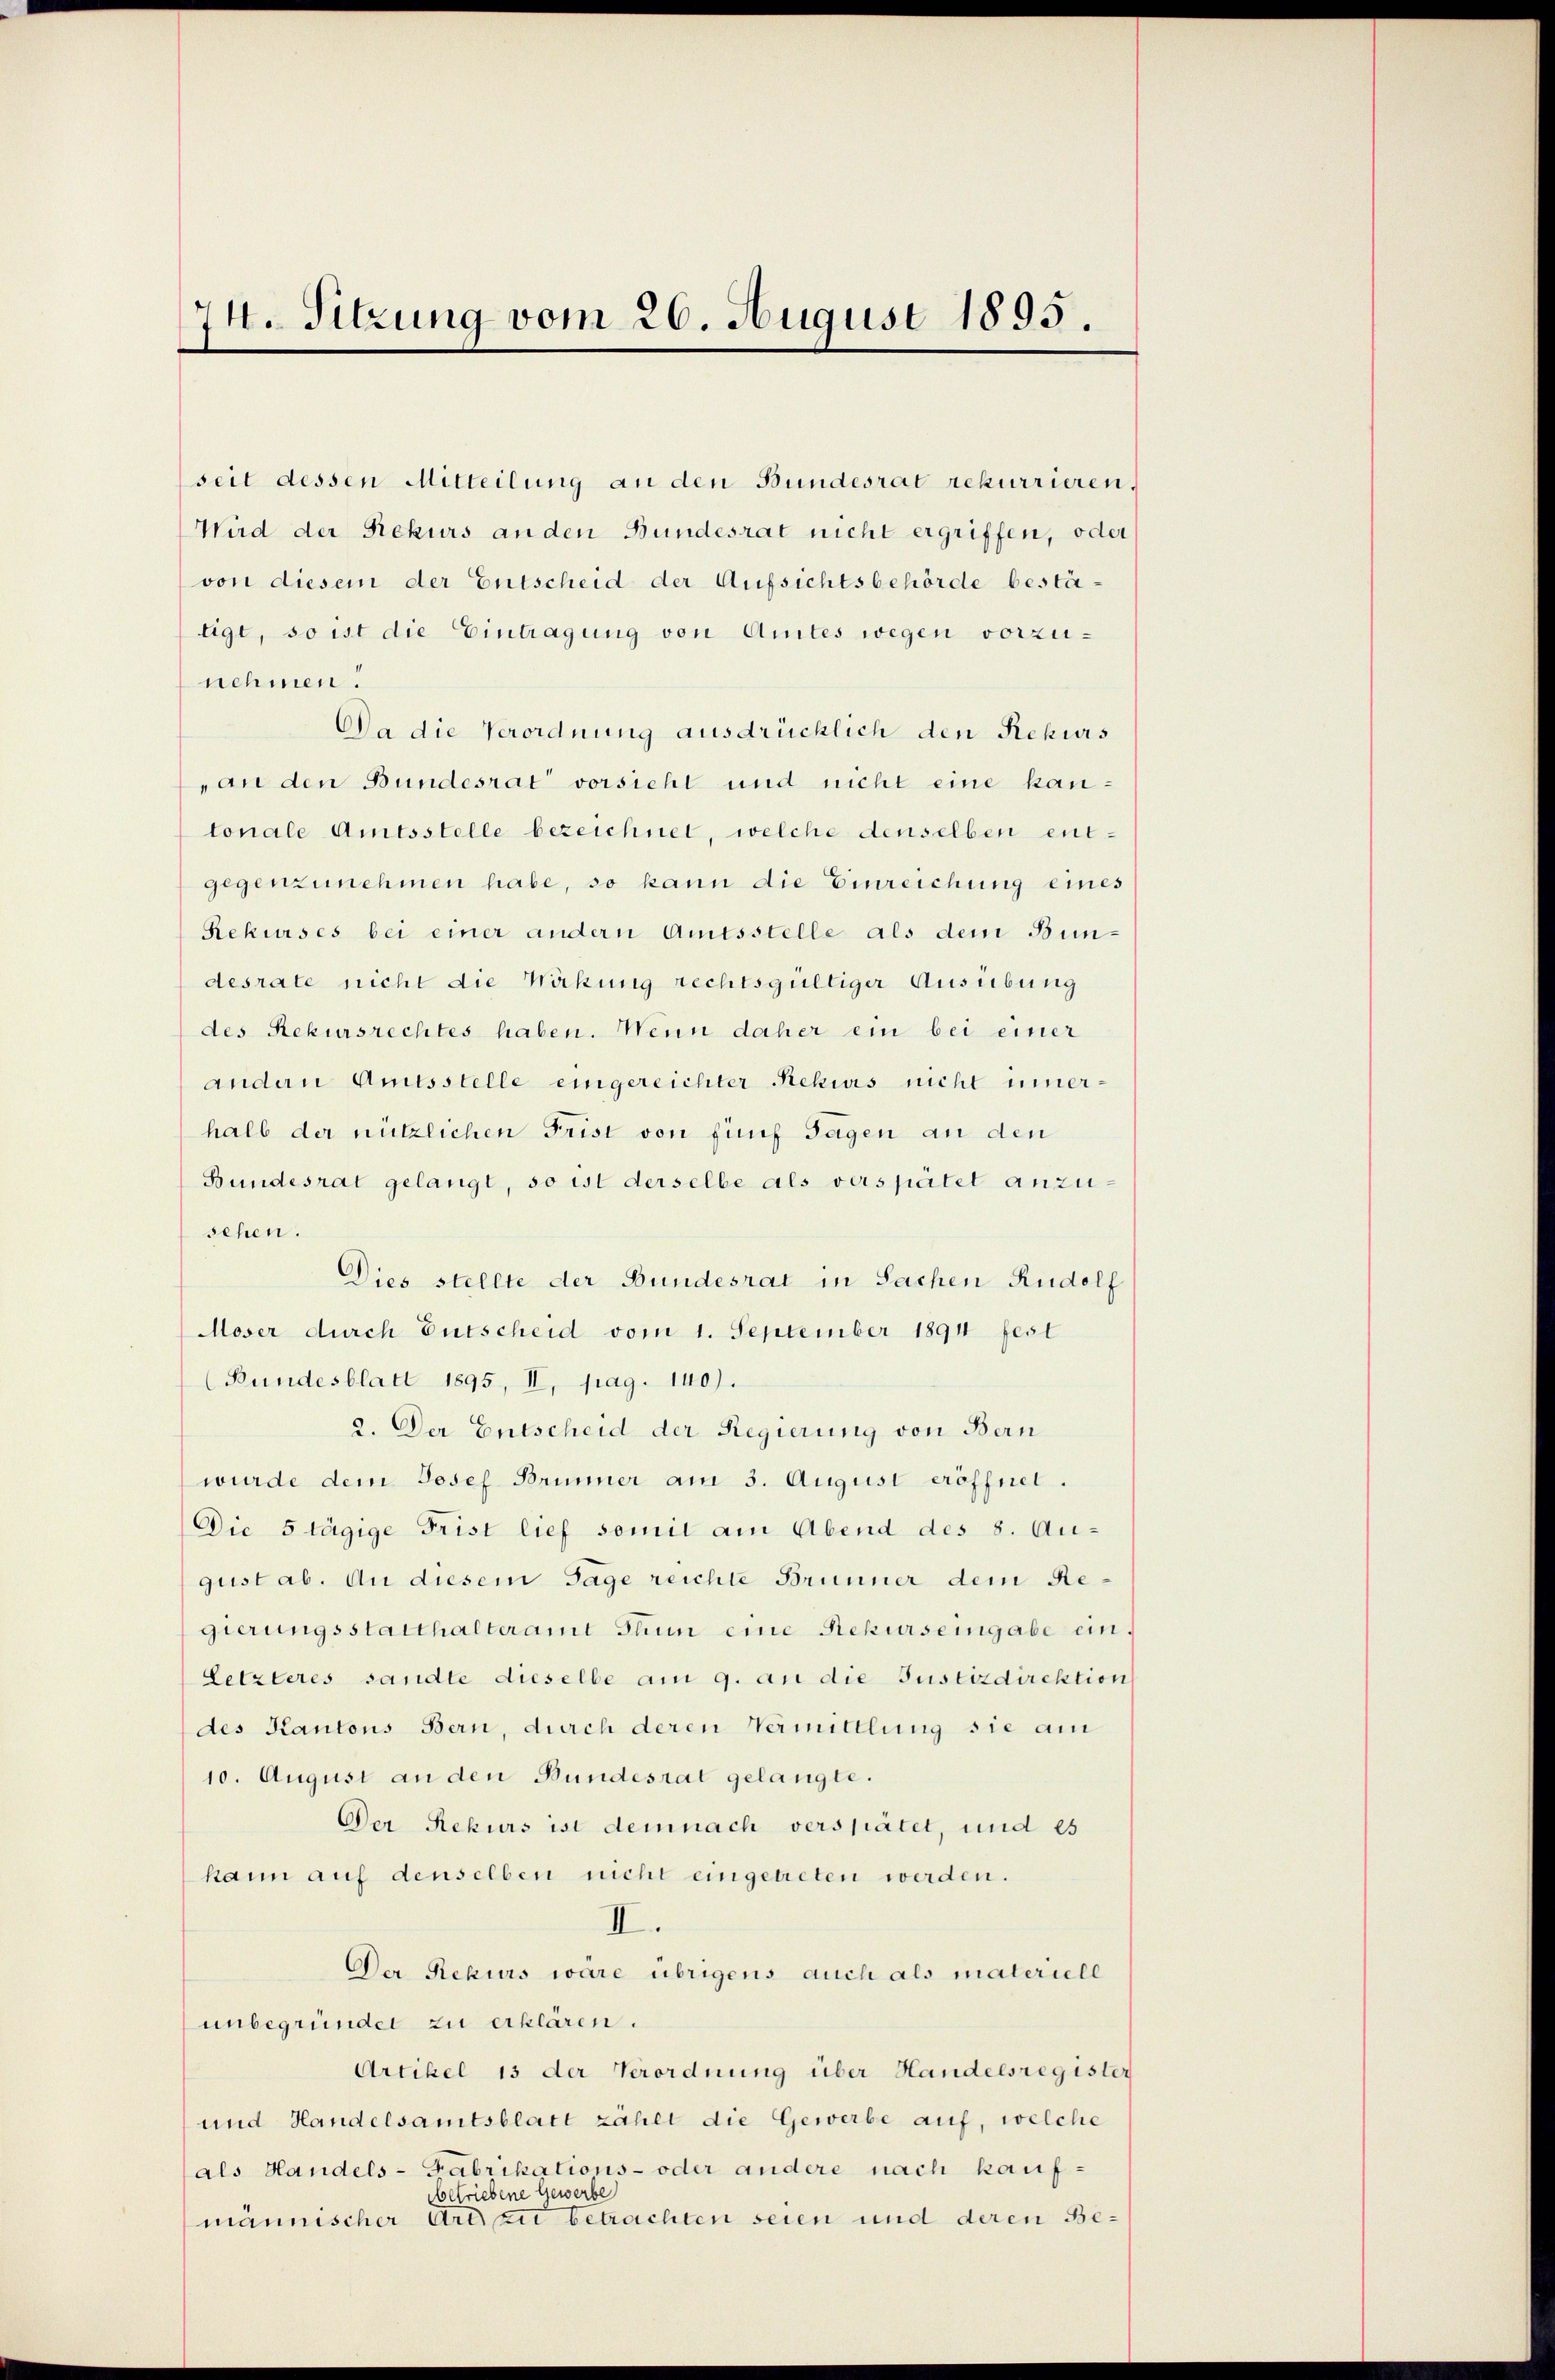
74. Sitzung vom 26. August 1895.

seit dessen Mitteilung an den Bundesrat rekurrieren.
Wird der Rekurs an den Bundesrat nicht ergriffen, oder
von diesem der Entscheid der Aufsichtsbehörde bestätigt, so ist die Eintragung von Amtes wegen vorzunehmen.
Da die Verordnung ausdrücklich den Rekurs
„an den Bundesrat vorsieht und nicht eine kan-
tonale Amtsstelle bezeichnet, welche denselben entgegenzunehmen habe, so kann die Einreichung eines
Rekurses bei einer andern Amtsstelle als dem Bundesrate nicht die Wirkung rechtsgültiger Ausübung
des Rekursrechtes haben. Wenn daher ein bei einer
andern Amtsstelle eingereichter Rekurs nicht innerhalb der nützlichen Frist von fünf Tagen an den
Bundesrat gelangt, so ist derselbe als verspätet anzusehen.
Dies stellte der Bundesrat in Sachen Rudolf
Moser durch Entscheid vom 1. September 1894 fest
(Bundesblatt 1895, II, pag. 140).
2. Der Entscheid der Regierung von Bern
wurde dem Josef Brünner am 3. August eröffnet.
Die 5 tägige Frist lief somit am Abend des 8. August ab. An diesem Tage reichte Brunner dem Regierungsstatthalteramt Thun eine Rekurs eingabe ein¬
Letzteres sandte dieselbe am 9. an die Justizdirektion
des Kantons Bern, durch deren Vermittlung sie am
10. August an den Bundesrat gelangte.
Der Rekurs ist demnach verspätet, und es
kann auf denselben nicht eingetreten werden.
II.
Der Rekurs wäre übrigens auch als materiell
unbegründet zu erklären.
Artikel 13 der Verordnung über Handelsregister
und Handelsamtsblatt zählt die Gewerbe auf, welche
als Handels-Fabrikations- oder andere nach kaufbetriebene Gewerbe
männischer Art au betrachten seien und deren Be¬